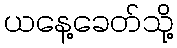
ယနေ့ခေတ်သို့